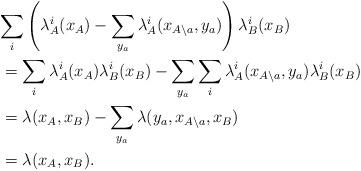
LaTeX: \begin{align*}\lefteqn{\sum_i \left(\lambda_{A}^i(x_A) - \sum_{y_a} \lambda_{A}^i(x_{A \setminus a}, y_a)\right) \lambda_{B}^i(x_B)}\\&= \sum_i \lambda_{A}^i(x_A) \lambda_{B}^i(x_B) - \sum_{y_a} \sum_i \lambda_{A}^i(x_{A \setminus a}, y_a) \lambda_{B}^i(x_B)\\&= \lambda(x_A, x_B) - \sum_{y_a} \lambda(y_a, x_{A \setminus a}, x_B)\\&= \lambda(x_A, x_B).\end{align*}